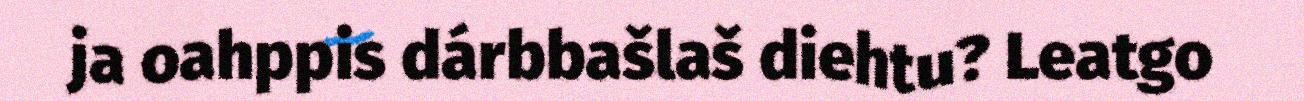
ja oahppis dárbbašlaš diehtu? Leatgo